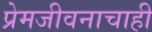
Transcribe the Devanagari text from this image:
प्रेमजीवनाचाही